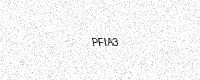
Text: PFIA3